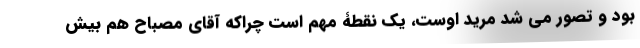
بود و تصور می شد مرید اوست، یک نقطۀ مهم است چراکه آقای مصباح هم بیش